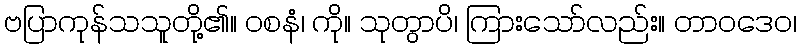
ဗပြာကုန်သသူတို့၏။ ဝစနံ၊ ကို။ သုတွာပိ၊ ကြားသော်လည်း။ တာဝဒေဝ၊